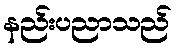
နည်းပညာသည်